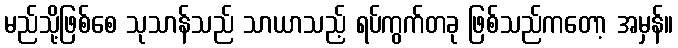
မည်သို့ဖြစ်စေ သုသာန်သည် သာယာသည့် ရပ်ကွက်တခု ဖြစ်သည်ကတော့ အမှန်။